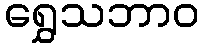
ရွှေသဘာဝ